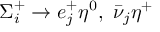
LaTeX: \Sigma _ { i } ^ { + } \to e _ { j } ^ { + } \eta ^ { 0 } , ~ \bar { \nu } _ { j } \eta ^ { + }